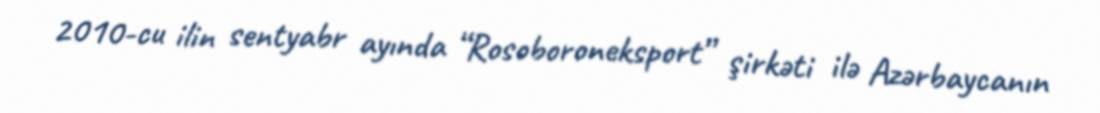
2010-cu ilin sentyabr ayında “Rosoboroneksport” şirkəti ilə Azərbaycanın